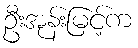
ဦးအုန်းမြင့်က